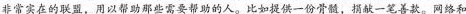
非常实在的联盟，用以帮助那些需要帮助的人。比如提供一份骨髓，捐献一笔善款。网络和